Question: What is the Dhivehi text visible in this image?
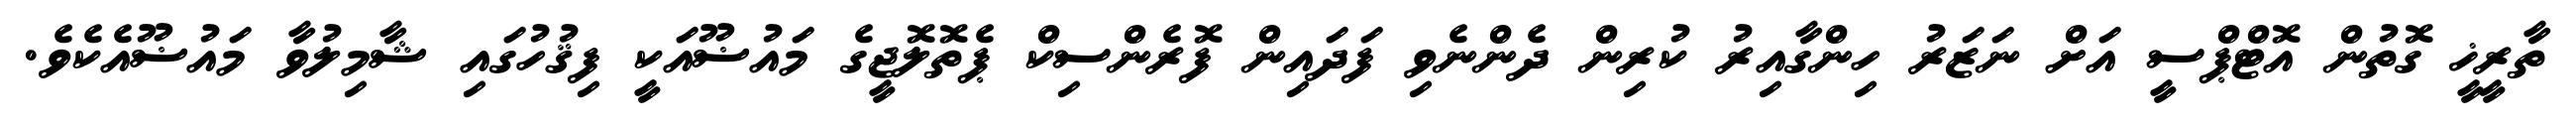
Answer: ތާރީޚީ ގޮތުން އޮޓްޕްސީ އަށް ނަޒަރު ހިންގާއިރު ކުރިން ދެންނެވި ފަދައިން ފޮރެންސިކް ޕެތޮލޮޖީގެ މައުޟޫއަކީ ފިޤުހުގައި ޝާމިލުވާ މައުޟޫއެކެވެ.